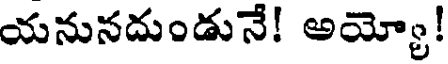
యనునదుండునే! అయ్యో!